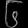
Digit: ၆